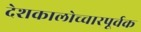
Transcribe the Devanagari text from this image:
देशकालोच्चारपूर्वक